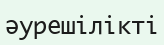
әурешілікті